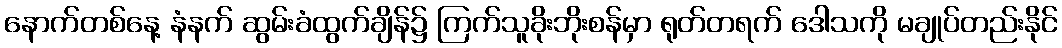
နောက်တစ်နေ့ နံနက် ဆွမ်းခံထွက်ချိန်၌ ကြက်သူခိုးဘိုးစန်မှာ ရုတ်တရက် ဒေါသကို မချုပ်တည်းနိုင်